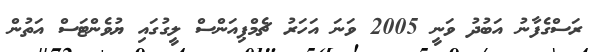
ރަސްގެފާނު އަބުދު ވަނީ 2005 ވަނަ އަހަރު ޗެމްޕިއަންސް ލީގުގައި ޔުވެންޓަސް އަތުން